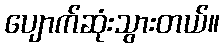
ပျောက်ဆုံးသွားတယ်။